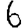
Digit: 6